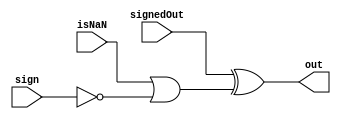
module
    iNFromException#(parameter width = 1) (
        input signedOut,
        input isNaN,
        input sign,
        output [(width - 1):0] out
    );

    wire maxInt = isNaN || !sign;
    assign out = {signedOut ^ maxInt, {(width - 1){maxInt}}};

endmodule